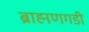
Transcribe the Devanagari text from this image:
ब्राह्मणगडी